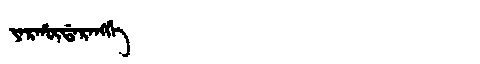
Manchu: ᠶᠠᡵᡥᡡᡩᠠᡵᠠᠩᡤᡝ
Romanization: YARHŪDARANGGE